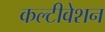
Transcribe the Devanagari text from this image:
कल्टीवेशन